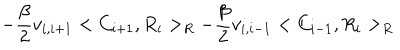
LaTeX: - \frac { \beta } { 2 } v _ { i , i + 1 } < C _ { i + 1 } , R _ { i } > _ { R } - \frac { \beta } { 2 } v _ { i , i - 1 } < C _ { i - 1 } , R _ { i } > _ { R }